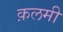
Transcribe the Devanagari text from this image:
क़लमी